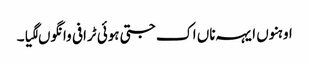
اوہنوں ایہہ ناں اک جتی ہوئی ٹرافی وانگوں لگیا۔